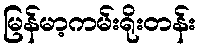
မြန်မာ့ကမ်းရိုးတန်း